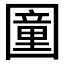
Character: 𡈩